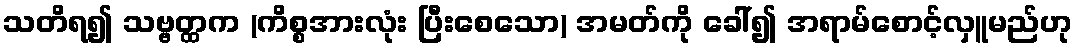
သတိရ၍ သဗ္ဗတ္ထက (ကိစ္စအားလုံး ပြီးစေသော) အမတ်ကို ခေါ်၍ အရာမ်စောင့်လှူမည်ဟု